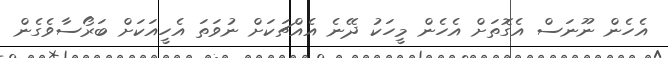
އެހެން ނޫނަސް އެގޮތަށް އެހެން މީހަކު ދޭނެ އެއްޗަކަށް ނުވަތަ އެހީއަކަށް ބަރޯސާވެގެން